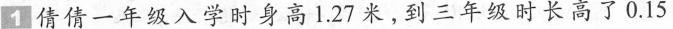
1.倩倩一年级入学时身高1.27米，到三年级时长高了0.15